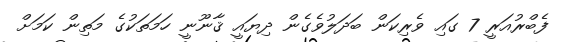
ފެބްރުއަރީ 7 ގައި ވެރިކަން ބަދަލުވެގެން ދިޔައީ ޤާނޫނީ ހަމަތަކުގެ މަތިން ކަމަށް